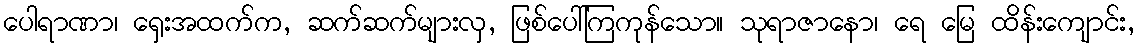
ပေါရာဏာ၊ ရှေးအထက်က, ဆက်ဆက်များလှ, ဖြစ်ပေါ်ကြကုန်သော။ သုရာဇာနော၊ ရေ မြေ ထိန်းကျောင်း,